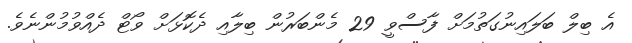
އެ ބިލް ބަލައިނުގަތުމަށް ފާސްވީ 29 މެންބަރުން ބިލާއި ދެކޮޅަށް ވޯޓް ދެއްވުމުންނެވެ.